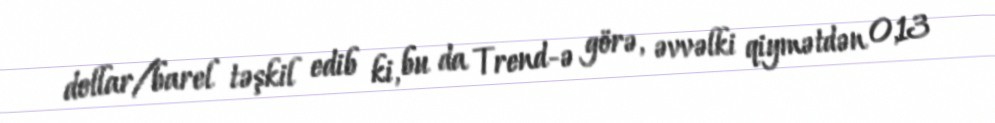
dollar/barel təşkil edib ki, bu da Trend-ə görə, əvvəlki qiymətdən 0,13